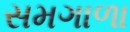
સમગાળા